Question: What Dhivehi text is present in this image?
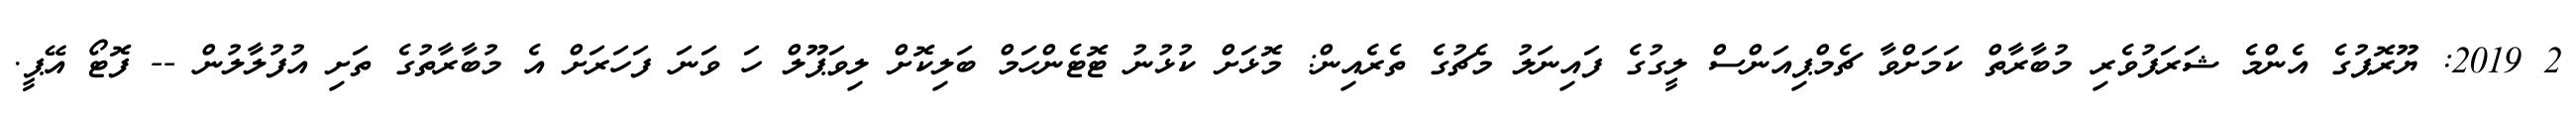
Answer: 2 2019: ޔޫރޮޕުގެ އެންމެ ޝަރަފުވެރި މުބާރާތް ކަމަށްވާ ޗެމްޕިއަންސް ލީގުގެ ފައިނަލު މެޗުގެ ތެރެއިން: މޮޅަށް ކުޅުނު ޓޮޓެންހަމް ބަލިކޮށް ލިވަޕޫލް ހަ ވަނަ ފަހަރަށް އެ މުބާރާތުގެ ތަށި އުފުލާލުން -- ފޮޓޯ އޭޕީ.